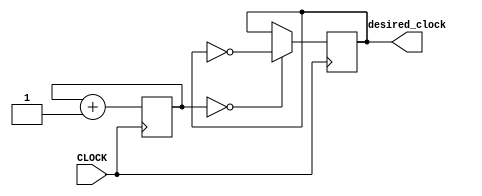
`timescale 1ns / 1ps
//////////////////////////////////////////////////////////////////////////////////
// Company: 
// Engineer: 
// 
// Design Name: 
// Module Name: sub_task_2_F_off
// Project Name: 
// Target Devices: 
// Tool Versions: 
// Description: 
// 
// Dependencies: 
// 
// Revision:
// Revision 0.01 - File Created
// Additional Comments:
// 
//////////////////////////////////////////////////////////////////////////////////


module sub_task_2_F_off(input CLOCK, output desired_clock);

    reg [25:0] COUNT = 0;
    reg desired = 0;
    
    always @ (posedge CLOCK) begin
        COUNT <= COUNT + 1;
        desired <= ( COUNT == 4'b0000 ) ? ~desired : desired;
    end
    
    assign desired_clock = desired;
    
endmodule